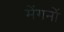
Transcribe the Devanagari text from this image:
मेंगनों